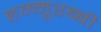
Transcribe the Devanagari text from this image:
हम्मूरब्बी